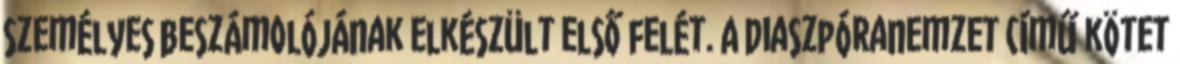
személyes beszámolójának elkészült első felét. A Diaszpóranemzet című kötet